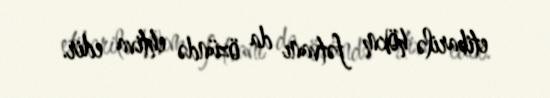
etibarilə hökm fətvanı da özündə ehtiva edir.